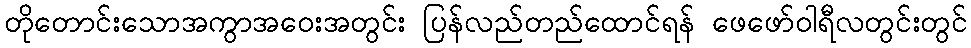
တိုတောင်းသောအကွာအဝေးအတွင်း ပြန်လည်တည်ထောင်ရန် ဖေဖော်ဝါရီလတွင်းတွင်